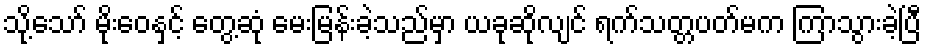
သို့သော် မိုးဝေနှင့် တွေ့ဆုံ မေးမြန်းခဲ့သည်မှာ ယခုဆိုလျင် ရက်သတ္တပတ်မက ကြာသွားခဲ့ပြီ